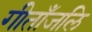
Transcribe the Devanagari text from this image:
गीताँजलि